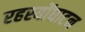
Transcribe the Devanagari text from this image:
रहस्योंघाटन